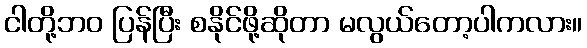
ငါတို့ဘဝ ပြန်ပြီး စနိုင်ဖို့ဆိုတာ မလွယ်တော့ပါကလား။